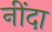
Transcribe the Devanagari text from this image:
नींदा